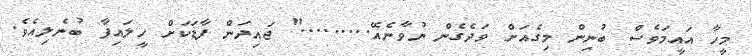
މީހާ އައީމަވެސް ބުނިން މިގެއަށް ވަދެގެން ނުވާނެއޭ........." ޖައިދަން ފާޑަކަށް ހީލައިފާ ބުނެލިއެވެ.